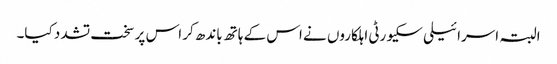
البتہ اسرائیلی سکیورٹی اہلکاروں نے اس کے ہاتھ باندھ کر اس پر سخت تشدد کیا۔